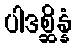
ပါဒစ္ဆိန္နံ